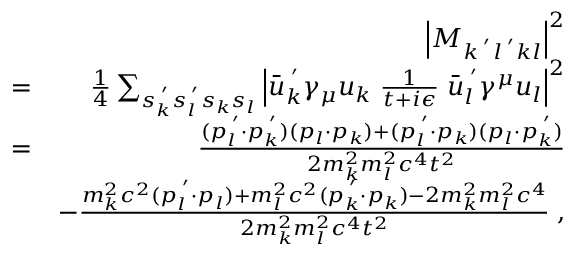
\begin{array} { r l r } & { } & { \left| M _ { k ^ { \; ^ { \prime } } l ^ { \; ^ { \prime } } k l } \right| ^ { 2 } } \\ & { = } & { \frac { 1 } { 4 } \sum _ { s _ { k } ^ { \; ^ { \prime } } s _ { l } ^ { \; ^ { \prime } } s _ { k } s _ { l } } \left| \bar { u } _ { k } ^ { \; ^ { \prime } } \gamma _ { \mu } u _ { k } \; \frac { 1 } { t + i \epsilon } \; \bar { u } _ { l } ^ { \; ^ { \prime } } \gamma ^ { \mu } u _ { l } \right| ^ { 2 } } \\ & { = } & { \frac { ( p _ { l } ^ { \; ^ { \prime } } \cdot p _ { k } ^ { \; ^ { \prime } } ) ( p _ { l } \cdot p _ { k } ) + ( p _ { l } ^ { \; ^ { \prime } } \cdot p _ { k } ) ( p _ { l } \cdot p _ { k } ^ { \; ^ { \prime } } ) } { 2 m _ { k } ^ { 2 } m _ { l } ^ { 2 } c ^ { 4 } t ^ { 2 } } } \\ & { } & { - \frac { m _ { k } ^ { 2 } c ^ { 2 } ( p _ { l } ^ { \; ^ { \prime } } \cdot p _ { l } ) + m _ { l } ^ { 2 } c ^ { 2 } ( p _ { k } ^ { \; ^ { \prime } } \cdot p _ { k } ) - 2 m _ { k } ^ { 2 } m _ { l } ^ { 2 } c ^ { 4 } } { 2 m _ { k } ^ { 2 } m _ { l } ^ { 2 } c ^ { 4 } t ^ { 2 } } \; , } \end{array}